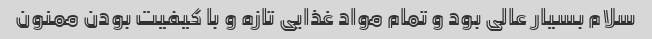
سلام بسیار عالی بود و تمام مواد غذایی تازه و با کیفیت بودن ممنون